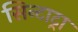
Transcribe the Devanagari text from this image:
सिन्टाट्रा